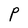
Character: P